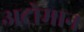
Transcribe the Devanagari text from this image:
अटोमान